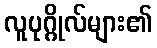
လူပုဂ္ဂိုလ်များ၏